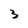
Character: 3